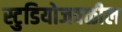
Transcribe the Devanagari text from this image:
स्टुडियोजवळील